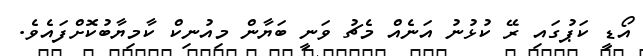
އޯޑީ ކަޕުގައި ރޭ ކުޅުނު އަނެއް މެޗު ވަނީ ބަޔާން މިއުނިކް ކާމިޔާބުކޮށްފައެވެ.